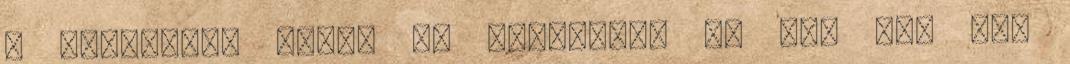
a Parlament előtt 9. Nyomorog, és már nem tud